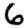
Digit: 6